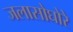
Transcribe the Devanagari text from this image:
जलासोघोरे